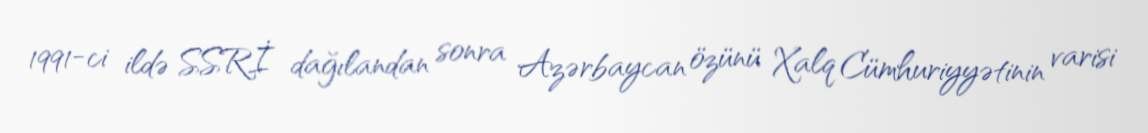
1991-ci ildə SSRİ dağılandan sonra Azərbaycan özünü Xalq Cümhuriyyətinin varisi